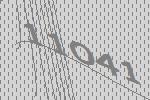
11041